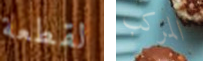
لقطعة المركب